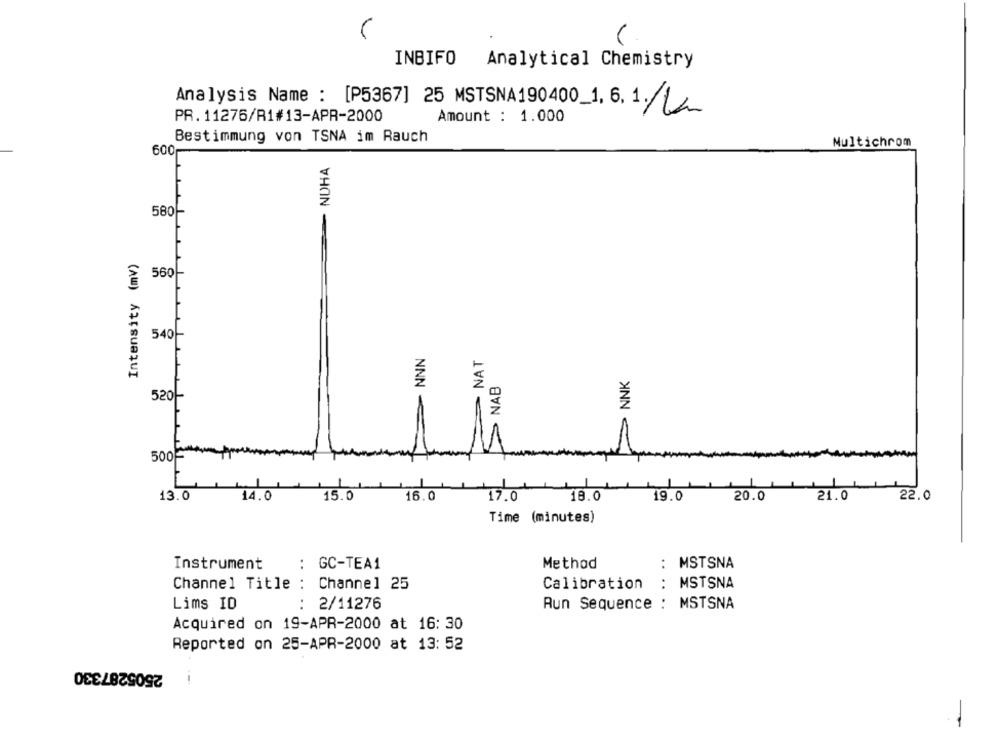
INBIFO
Analytical Chemistry
Analysis Name : [P5367] 25 MSTSNA190400_1. 6.1. 12
PR. 11276/R1#13-APR-2000
Amount : 1.000
Bestimmung von TSNA im Rauch
Multichrom
600
- NOHA
580
Intensity (mv)
560
540
NNN
. NAT
NNK
> NAB
520-
500
13.0
14.0
15.0
16.0
17.0
18.0
19.0
20.0
21.0
22.0
Time (minutes)
: MSTSNA
.. .
Instrument
: GC-TEA1
Method
Channel Title : Channel 25
Calibration
: MSTSNA
Lims ID
: 2/11276
Run Sequence : MSTSNA
Acquired on 19-APR-2000 at 16: 30
Reported on 25-APR-2000 at 13: 52
2505287330
1